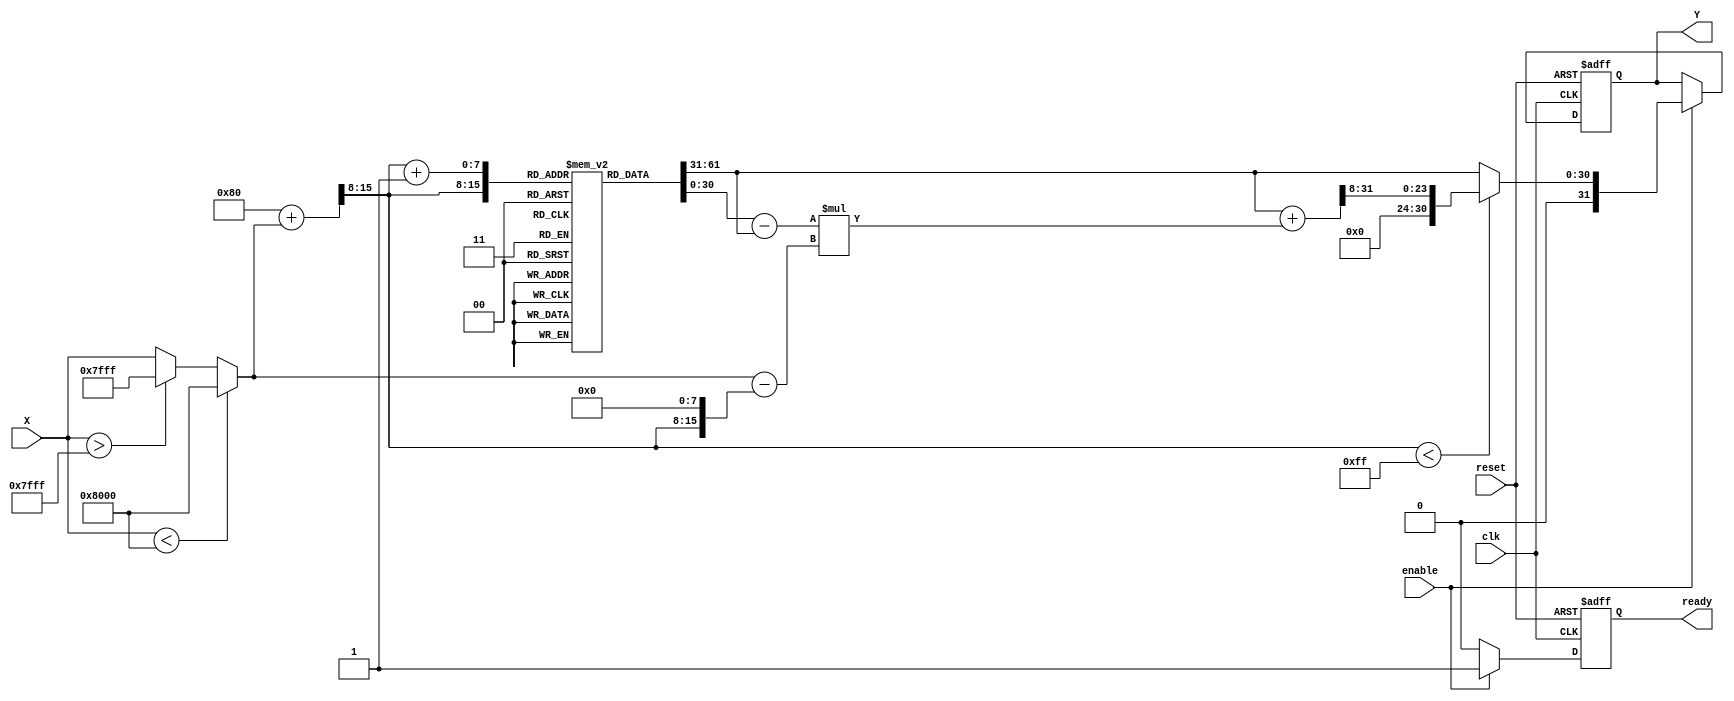
module acos_block (
    input wire clk,              // Clock signal
    input wire reset,            // Reset signal
    input wire enable,           // Enable signal for computation
    input wire signed [15:0] X,  // Input value (fixed-point representation)
    output reg signed [31:0] Y,   // Output value (fixed-point representation)
    output reg ready             // Signal indicating when output is valid
);

    // Parameters
    parameter LUT_SIZE = 256;    // Size of the LUT
    parameter LUT_WIDTH = 15;     // Width of LUT input (fixed-point representation)
    parameter OUTPUT_WIDTH = 31;  // Width of output (fixed-point representation)
    parameter PI = 32'h3243F6A9;  //  in fixed-point representation (assuming 32 bits)

    // LUT for acos values (precomputed)
    reg [OUTPUT_WIDTH-1:0] lut [0:LUT_SIZE-1]; 

    // Internal signals
    reg signed [15:0] input_clamped;
    reg [7:0] lut_index;
    reg [7:0] lut_index_next;
    reg signed [15:0] input_frac;
    reg signed [31:0] interp_result;

    // Initialize LUT with precomputed values (this is just an example)
    initial begin
        // Fill the LUT with precomputed values of acos
        // Example: lut[0] = acos(-1), lut[128] = acos(0), lut[255] = acos(1)
        // These values should be filled with the actual fixed-point representations of acos values.
        // For simplicity, we will just initialize a few values.
        lut[0] = 32'h3243F6A9; // acos(-1) = 
        lut[128] = 32'h00000000; // acos(0) = /2
        lut[255] = 32'h00000000; // acos(1) = 0
        // Fill the rest of the LUT with actual values...
    end

    // Range check and clamping
    always @(*) begin
        if (X < -16'h8000) begin
            input_clamped = -16'h8000; // Clamp to -1
        end else if (X > 16'h7FFF) begin
            input_clamped = 16'h7FFF; // Clamp to 1
        end else begin
            input_clamped = X; // Valid input
        end
    end

    // Compute LUT index and fractional part
    always @(*) begin
        if (input_clamped < 0) begin
            lut_index = (128 + input_clamped) >> 8; // Scale to LUT index
        end else begin
            lut_index = (128 + input_clamped) >> 8; // Scale to LUT index
        end
        lut_index_next = lut_index + 1; // Next LUT index
        input_frac = input_clamped - (lut_index << 8); // Calculate fractional part
    end

    // Main computation
    always @(posedge clk or posedge reset) begin
        if (reset) begin
            Y <= 0;
            ready <= 0;
        end else if (enable) begin
            // Perform LUT lookup
            if (lut_index < LUT_SIZE - 1) begin
                // Interpolation
                interp_result = lut[lut_index] + ((lut[lut_index_next] - lut[lut_index]) * input_frac) >> 8;
            end else begin
                interp_result = lut[lut_index]; // No interpolation needed at the end
            end
            Y <= interp_result;
            ready <= 1; // Output is valid
        end else begin
            ready <= 0; // Not ready if not enabled
        end
    end

endmodule